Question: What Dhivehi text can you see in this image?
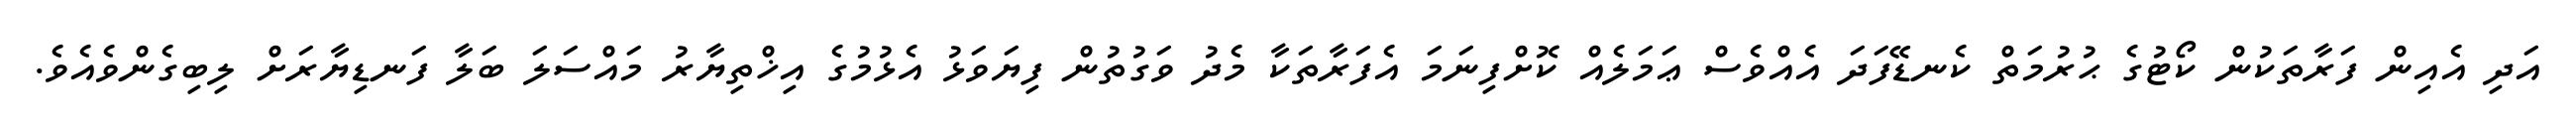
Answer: އަދި އެއިން ފަރާތަކުން ކޯޓުގެ ޙުރުމަތް ކެނޑޭފަދަ އެއްވެސް ޢަމަލެއް ކޮށްފިނަމަ އެފަރާތަކާ މެދު ވަގުތުން ފިޔަވަޅު އެޅުމުގެ އިޚްތިޔާރު މައްސަލަ ބަލާ ފަނޑިޔާރަށް ލިބިގެންވެއެވެ.